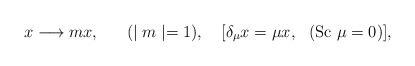
\begin{align*}x \longrightarrow m x,~~~~~(\mid m\mid = 1),~~~[\delta_{\mu} x = \mu x, ~~({\rm Sc}~\mu = 0)],\end{align*}